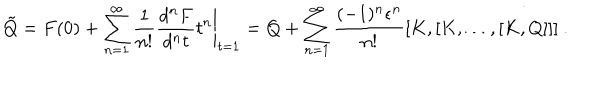
\tilde { Q } = F ( 0 ) + \sum _ { n = 1 } ^ { \infty } \left. \frac { 1 } { n ! } \frac { d ^ { n } F } { d ^ { n } t } t ^ { n } \right| _ { t = 1 } = Q + \sum _ { n = 1 } ^ { \infty } \frac { ( - 1 ) ^ { n } \epsilon ^ { n } } { n ! } [ K , [ K , \dots , [ K , Q ] ] ] \ .